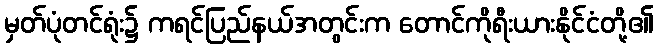
မှတ်ပုံတင်ရုံး၌ ကရင်ပြည်နယ်အတွင်းက တောင်ကိုရီးယားနိုင်ငံတို့၏